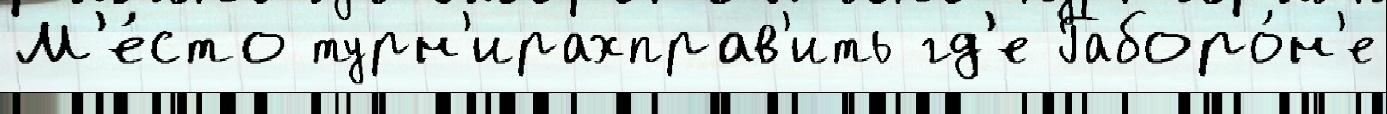
М'е́сто турн'ирахправ'ить гд'е Габоро́н'е